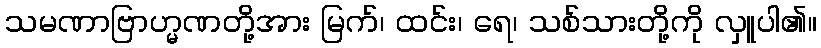
သမဏာဗြာဟ္မဏတို့အား မြက်၊ ထင်း၊ ရေ၊ သစ်သားတို့ကို လှူပါ၏။